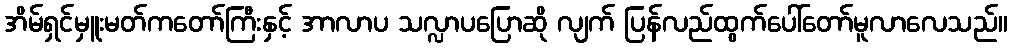
အိမ်ရှင်မှူးမတ်ကတော်ကြီးနှင့် အာလာပ သလ္လာပပြောဆို လျက် ပြန်လည်ထွက်ပေါ်တော်မူလာလေသည်။